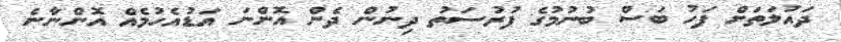
ދައުލަތަށް ފަހު ބަސް ބުނުމުގެ ފުރުސަތު ދިނުން ދެން އޮންނަ އަޑުއެހުމެއް އޮންނާނެ